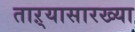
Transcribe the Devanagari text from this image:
ताऱ्यासारख्या